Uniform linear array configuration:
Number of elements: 16
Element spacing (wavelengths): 0.5
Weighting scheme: hamming
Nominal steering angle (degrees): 15
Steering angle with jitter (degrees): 13.001
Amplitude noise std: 0.05
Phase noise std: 0.05

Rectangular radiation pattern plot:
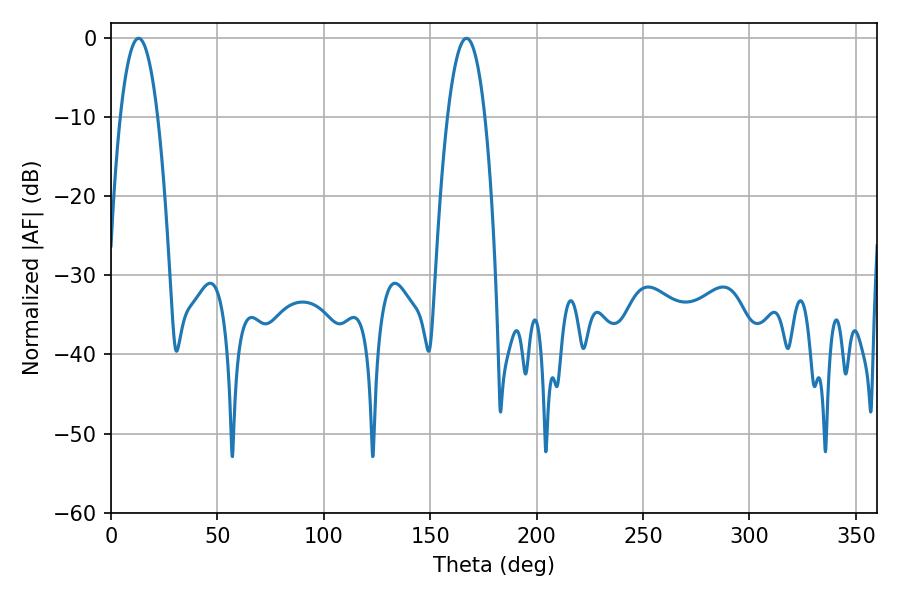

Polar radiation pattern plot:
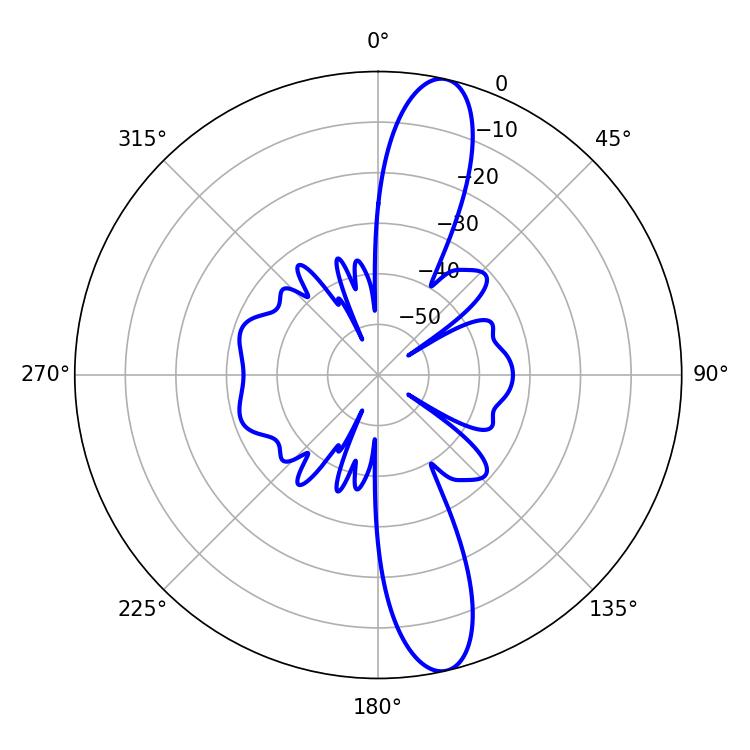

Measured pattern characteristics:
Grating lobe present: FALSE
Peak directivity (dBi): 13.881
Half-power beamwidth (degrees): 9.72
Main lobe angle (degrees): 12.96